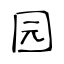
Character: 园